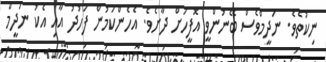
ނިކުތެވެ. ނަދީމްވެސް ބޭނުންވީ އޮފީހަށް ދާށެވެ. އެހެންކަމުން ފަހުދު އާއި އެކު ނަދީމް